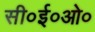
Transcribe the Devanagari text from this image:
सी०ई०ओ०